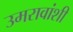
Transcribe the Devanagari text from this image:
उमरावांशी